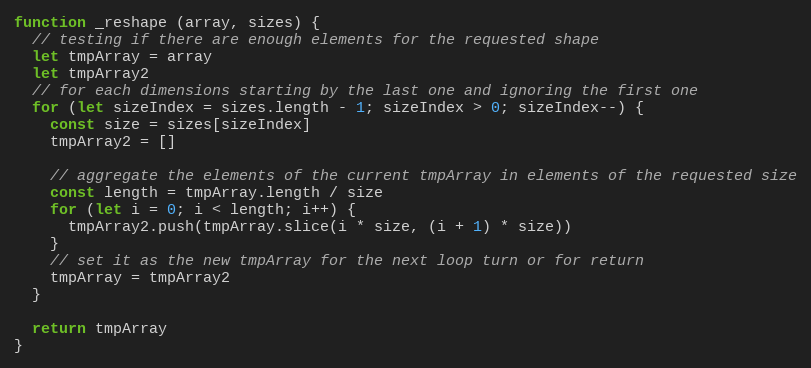
Language: JavaScript
function _reshape (array, sizes) {
  // testing if there are enough elements for the requested shape
  let tmpArray = array
  let tmpArray2
  // for each dimensions starting by the last one and ignoring the first one
  for (let sizeIndex = sizes.length - 1; sizeIndex > 0; sizeIndex--) {
    const size = sizes[sizeIndex]
    tmpArray2 = []

    // aggregate the elements of the current tmpArray in elements of the requested size
    const length = tmpArray.length / size
    for (let i = 0; i < length; i++) {
      tmpArray2.push(tmpArray.slice(i * size, (i + 1) * size))
    }
    // set it as the new tmpArray for the next loop turn or for return
    tmpArray = tmpArray2
  }

  return tmpArray
}